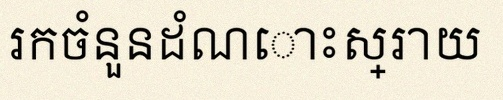
រកចំនួនដំណោះស្រាយ